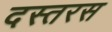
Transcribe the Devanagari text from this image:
दस्तरस